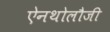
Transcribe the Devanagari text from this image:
ऐनथोलौजी